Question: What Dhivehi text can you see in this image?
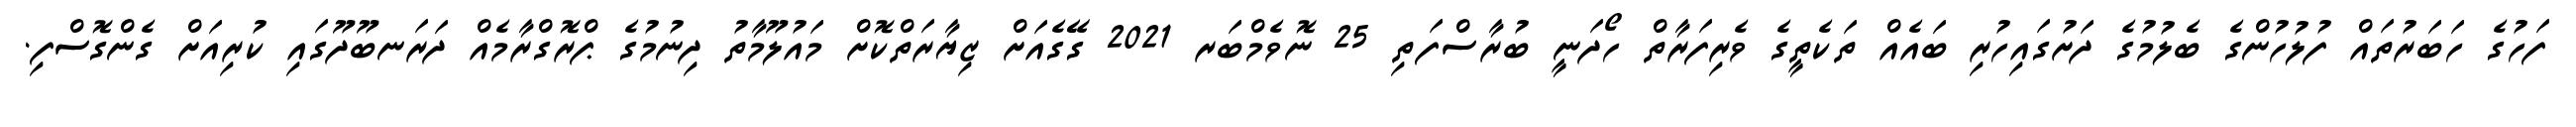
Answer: ފަހުގެ ހަބަރުތައް ފުލުހުންގެ ބެލުމުގެ ދަށުގައިހުރި ބައެއް ތަކެތީގެ ވެރިފަރާތް ހޯދަނީ ބުރާސްފަތި 25 ނޮވެމްބަރ 2021 ގޭގެއަށް ޒިޔާރަތްކޮށް މައުލޫމާތު ދިނުމުގެ ޕްރޮގްރާމެއް ދަރަނބޫދޫގައި ކުރިއަށް ގެންގޮސްފި.